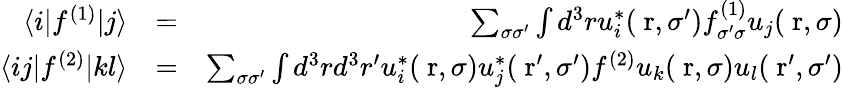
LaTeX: \begin{array}{rlr}{\langle i|f^{(1)}|j\rangle}&{=}&{\sum_{\sigma\sigma^{\prime}}\int d^{3}ru_{i}^{*}(\mathrm{\mathbf~r},\sigma^{\prime})f_{\sigma^{\prime}\sigma}^{(1)}u_{j}(\mathrm{\mathbf~r},\sigma)}\\ {\langle ij|f^{(2)}|kl\rangle}&{=}&{\sum_{\sigma\sigma^{\prime}}\int d^{3}rd^{3}r^{\prime}u_{i}^{*}(\mathrm{\mathbf~r},\sigma)u_{j}^{*}(\mathrm{\mathbf~r}^{\prime},\sigma^{\prime})f^{(2)}u_{k}(\mathrm{\mathbf~r},\sigma)u_{l}(\mathrm{\mathbf~r}^{\prime},\sigma^{\prime})}\end{array}